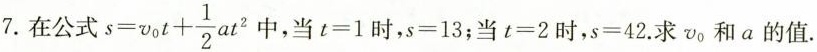
7.在公式 $$s=v_{0}t+ \frac{1}{2}at^{2}$$中，当$$t=1$$时，$$s=13$$；当$$t=2$$时，$$s=42$$.求v _ { 0}和a的值.